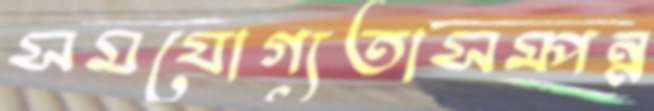
সমযোগ্যতাসম্পন্ন